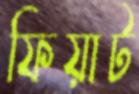
ফিয়াট